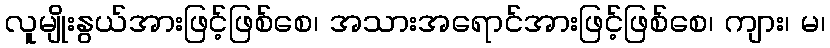
လူမျိုးနွယ်အားဖြင့်ဖြစ်စေ၊ အသားအရောင်အားဖြင့်ဖြစ်စေ၊ ကျား၊ မ၊